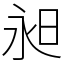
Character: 昶